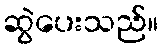
ဆွဲပေးသည်။